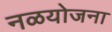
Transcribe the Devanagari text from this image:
नळयोजना